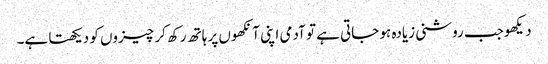
دیکھوجب روشنی زیادہ ہو جاتی ہے تو آدمی اپنی آنکھوں پر ہاتھ رکھ کر چیزوں کو دیکھتا ہے۔